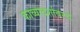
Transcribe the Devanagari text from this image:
काव्यादर्शावरचे